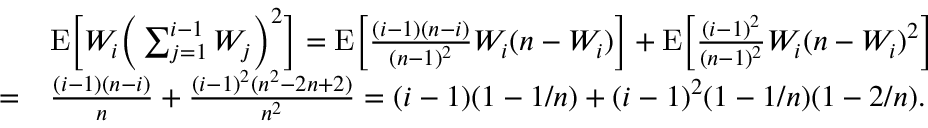
\begin{array} { r l } & { { \mathrm E } \Big [ W _ { i } \Big ( \sum _ { j = 1 } ^ { i - 1 } W _ { j } \Big ) ^ { 2 } \Big ] = { \mathrm E } \Big [ \frac { ( i - 1 ) ( n - i ) } { ( n - 1 ) ^ { 2 } } W _ { i } ( n - W _ { i } ) \Big ] + { \mathrm E } \Big [ \frac { ( i - 1 ) ^ { 2 } } { ( n - 1 ) ^ { 2 } } W _ { i } ( n - W _ { i } ) ^ { 2 } \Big ] } \\ { = } & { \frac { ( i - 1 ) ( n - i ) } { n } + \frac { ( i - 1 ) ^ { 2 } ( n ^ { 2 } - 2 n + 2 ) } { n ^ { 2 } } = ( i - 1 ) ( 1 - 1 / n ) + ( i - 1 ) ^ { 2 } ( 1 - 1 / n ) ( 1 - 2 / n ) . } \end{array}